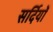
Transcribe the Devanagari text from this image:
सर्दियोँ